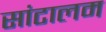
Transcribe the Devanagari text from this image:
सांटालम